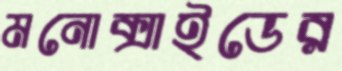
মনোক্সাইডের